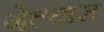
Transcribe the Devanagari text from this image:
गेल्‍यास